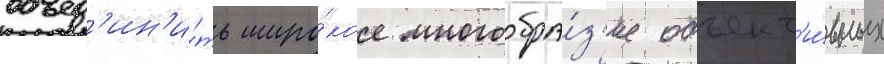
объед'ин'и́ть широ́кое многообра́з'ие объект'и́вных